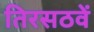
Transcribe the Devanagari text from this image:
तिरसठवें